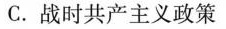
C.战时共产主义政策